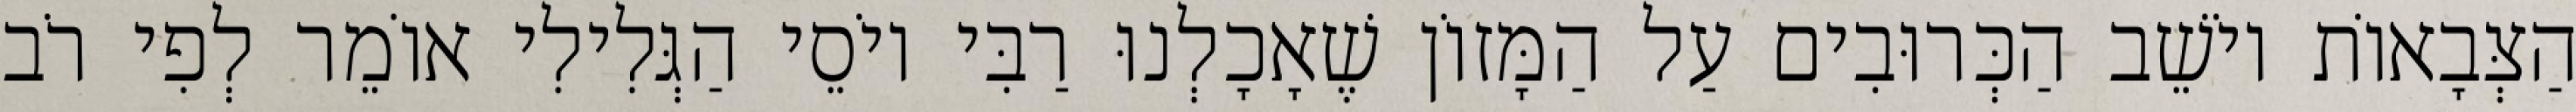
הַצְּבָאוֹת יוֹשֵׁב הַכְּרוּבִים עַל הַמָּזוֹן שֶׁאָכָלְנוּ רַבִּי יוֹסֵי הַגְּלִילִי אוֹמֵר לְפִי רֹב